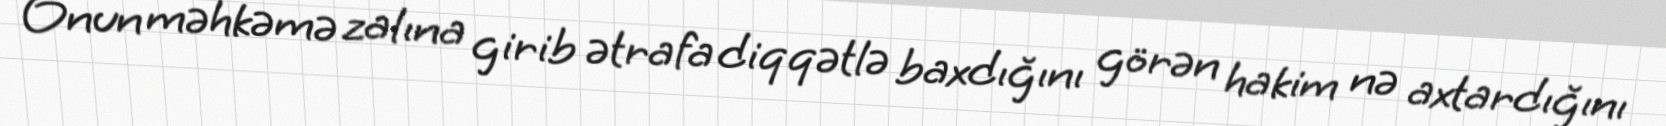
Onun məhkəmə zalına girib ətrafa diqqətlə baxdığını görən hakim nə axtardığını